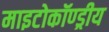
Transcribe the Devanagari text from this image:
माइटोकॉण्ड्रीय